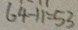
6 4 - 1 1 = 5 3